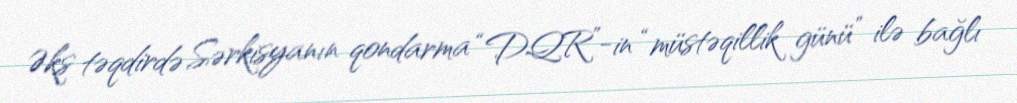
Əks təqdirdə Sərkisyanın qondarma “DQR”-in “müstəqillik günü” ilə bağlı